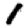
Digit: 1